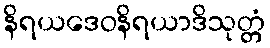
နိရယဒေဝနိရယာဒိသုတ္တံ